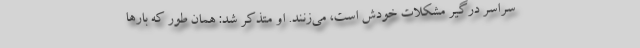
سراسر درگیر مشکلات خودش است، می‌زنند. او متذکر شد: همان طور که بارها